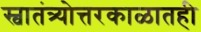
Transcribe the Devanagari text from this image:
स्वातंत्र्योत्तरकाळातही